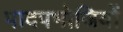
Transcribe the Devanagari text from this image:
पादपभोजियों